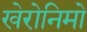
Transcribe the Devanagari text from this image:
खेरोनिमो